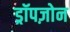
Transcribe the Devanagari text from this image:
ड्रॉपज़ोन